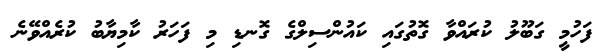
ފަހުމީ ގަބޫލު ކުރައްވާ ގޮތުގައި ކައުންސިލްގެ ގޮނޑި މި ފަހަރު ކާމިޔާބު ކުރެއްވޭނެ